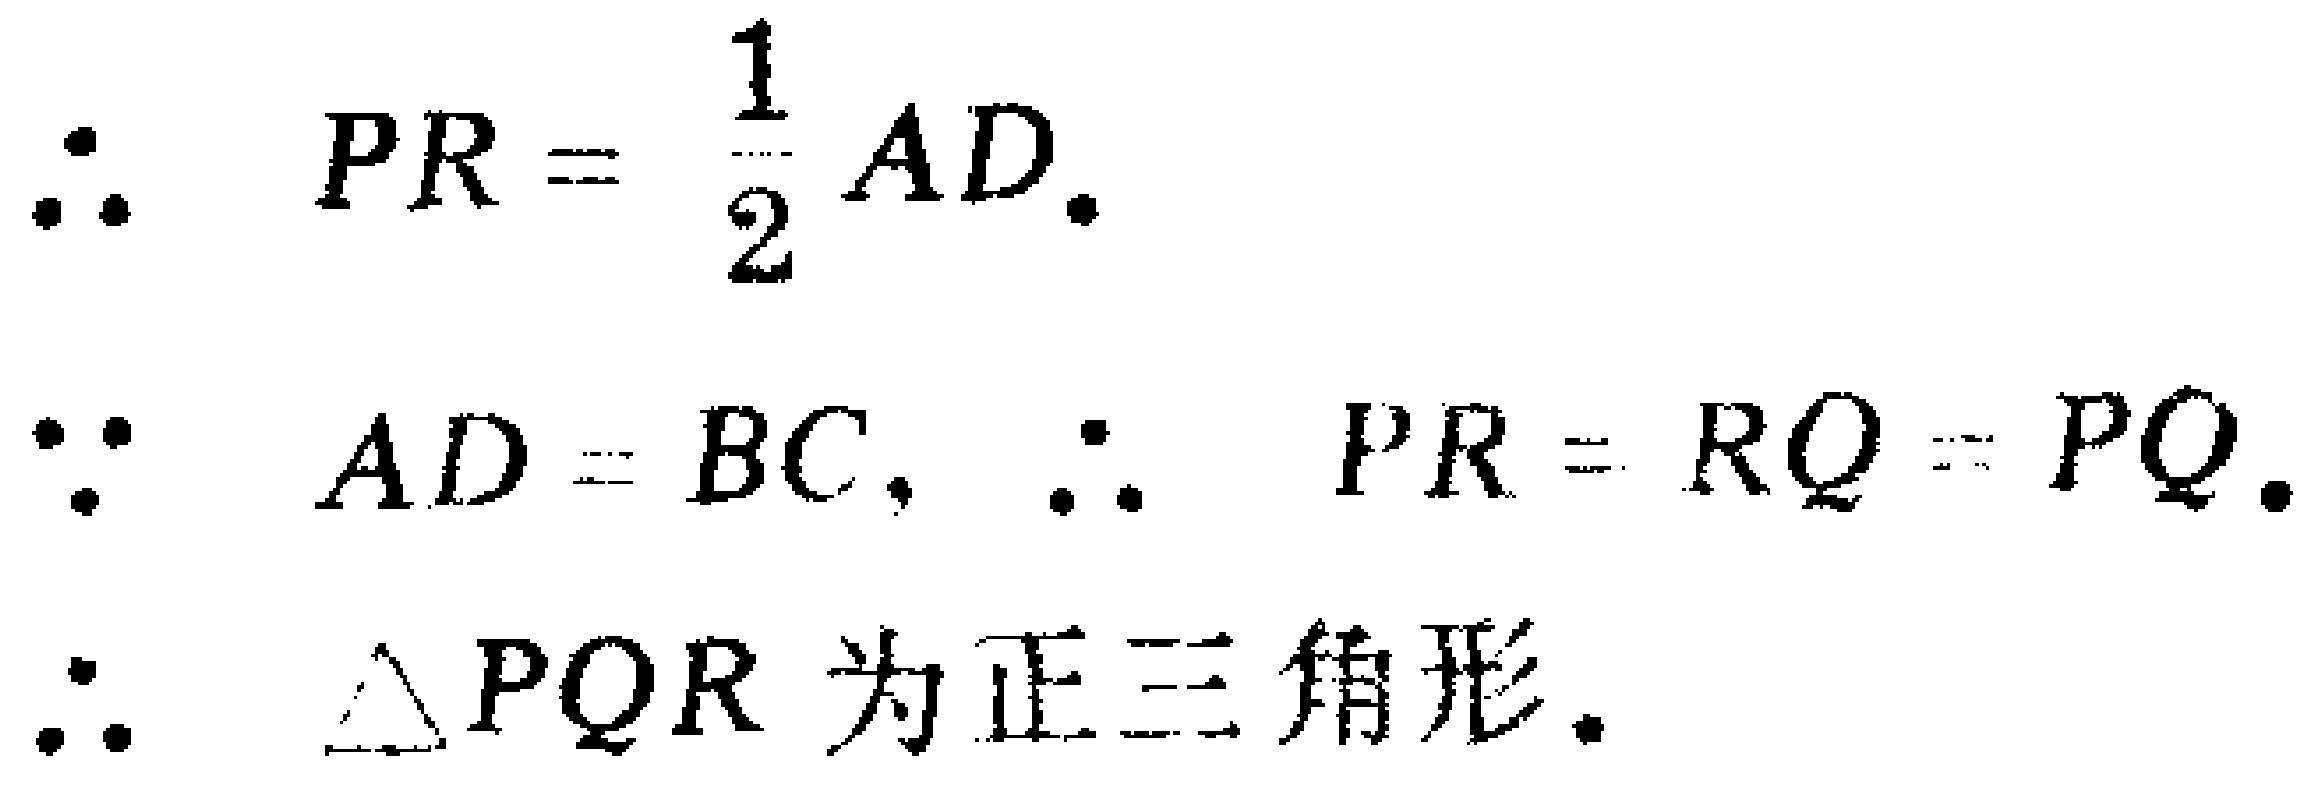
\begin{align*}

&\therefore PR = \frac{1}{2}AD.\\

&\because AD = BC, \therefore PR = RQ = PQ.\\

&\therefore \triangle PQR \text{ 为正三角形}.

\end{align*}